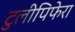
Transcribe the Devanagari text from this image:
टुलीपिफेरा